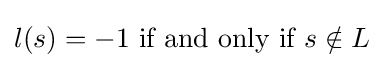
l(s)=-1{\text{ if and only if }}s\notin L